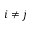
i \neq j